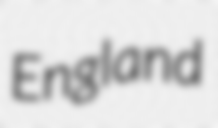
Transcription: England